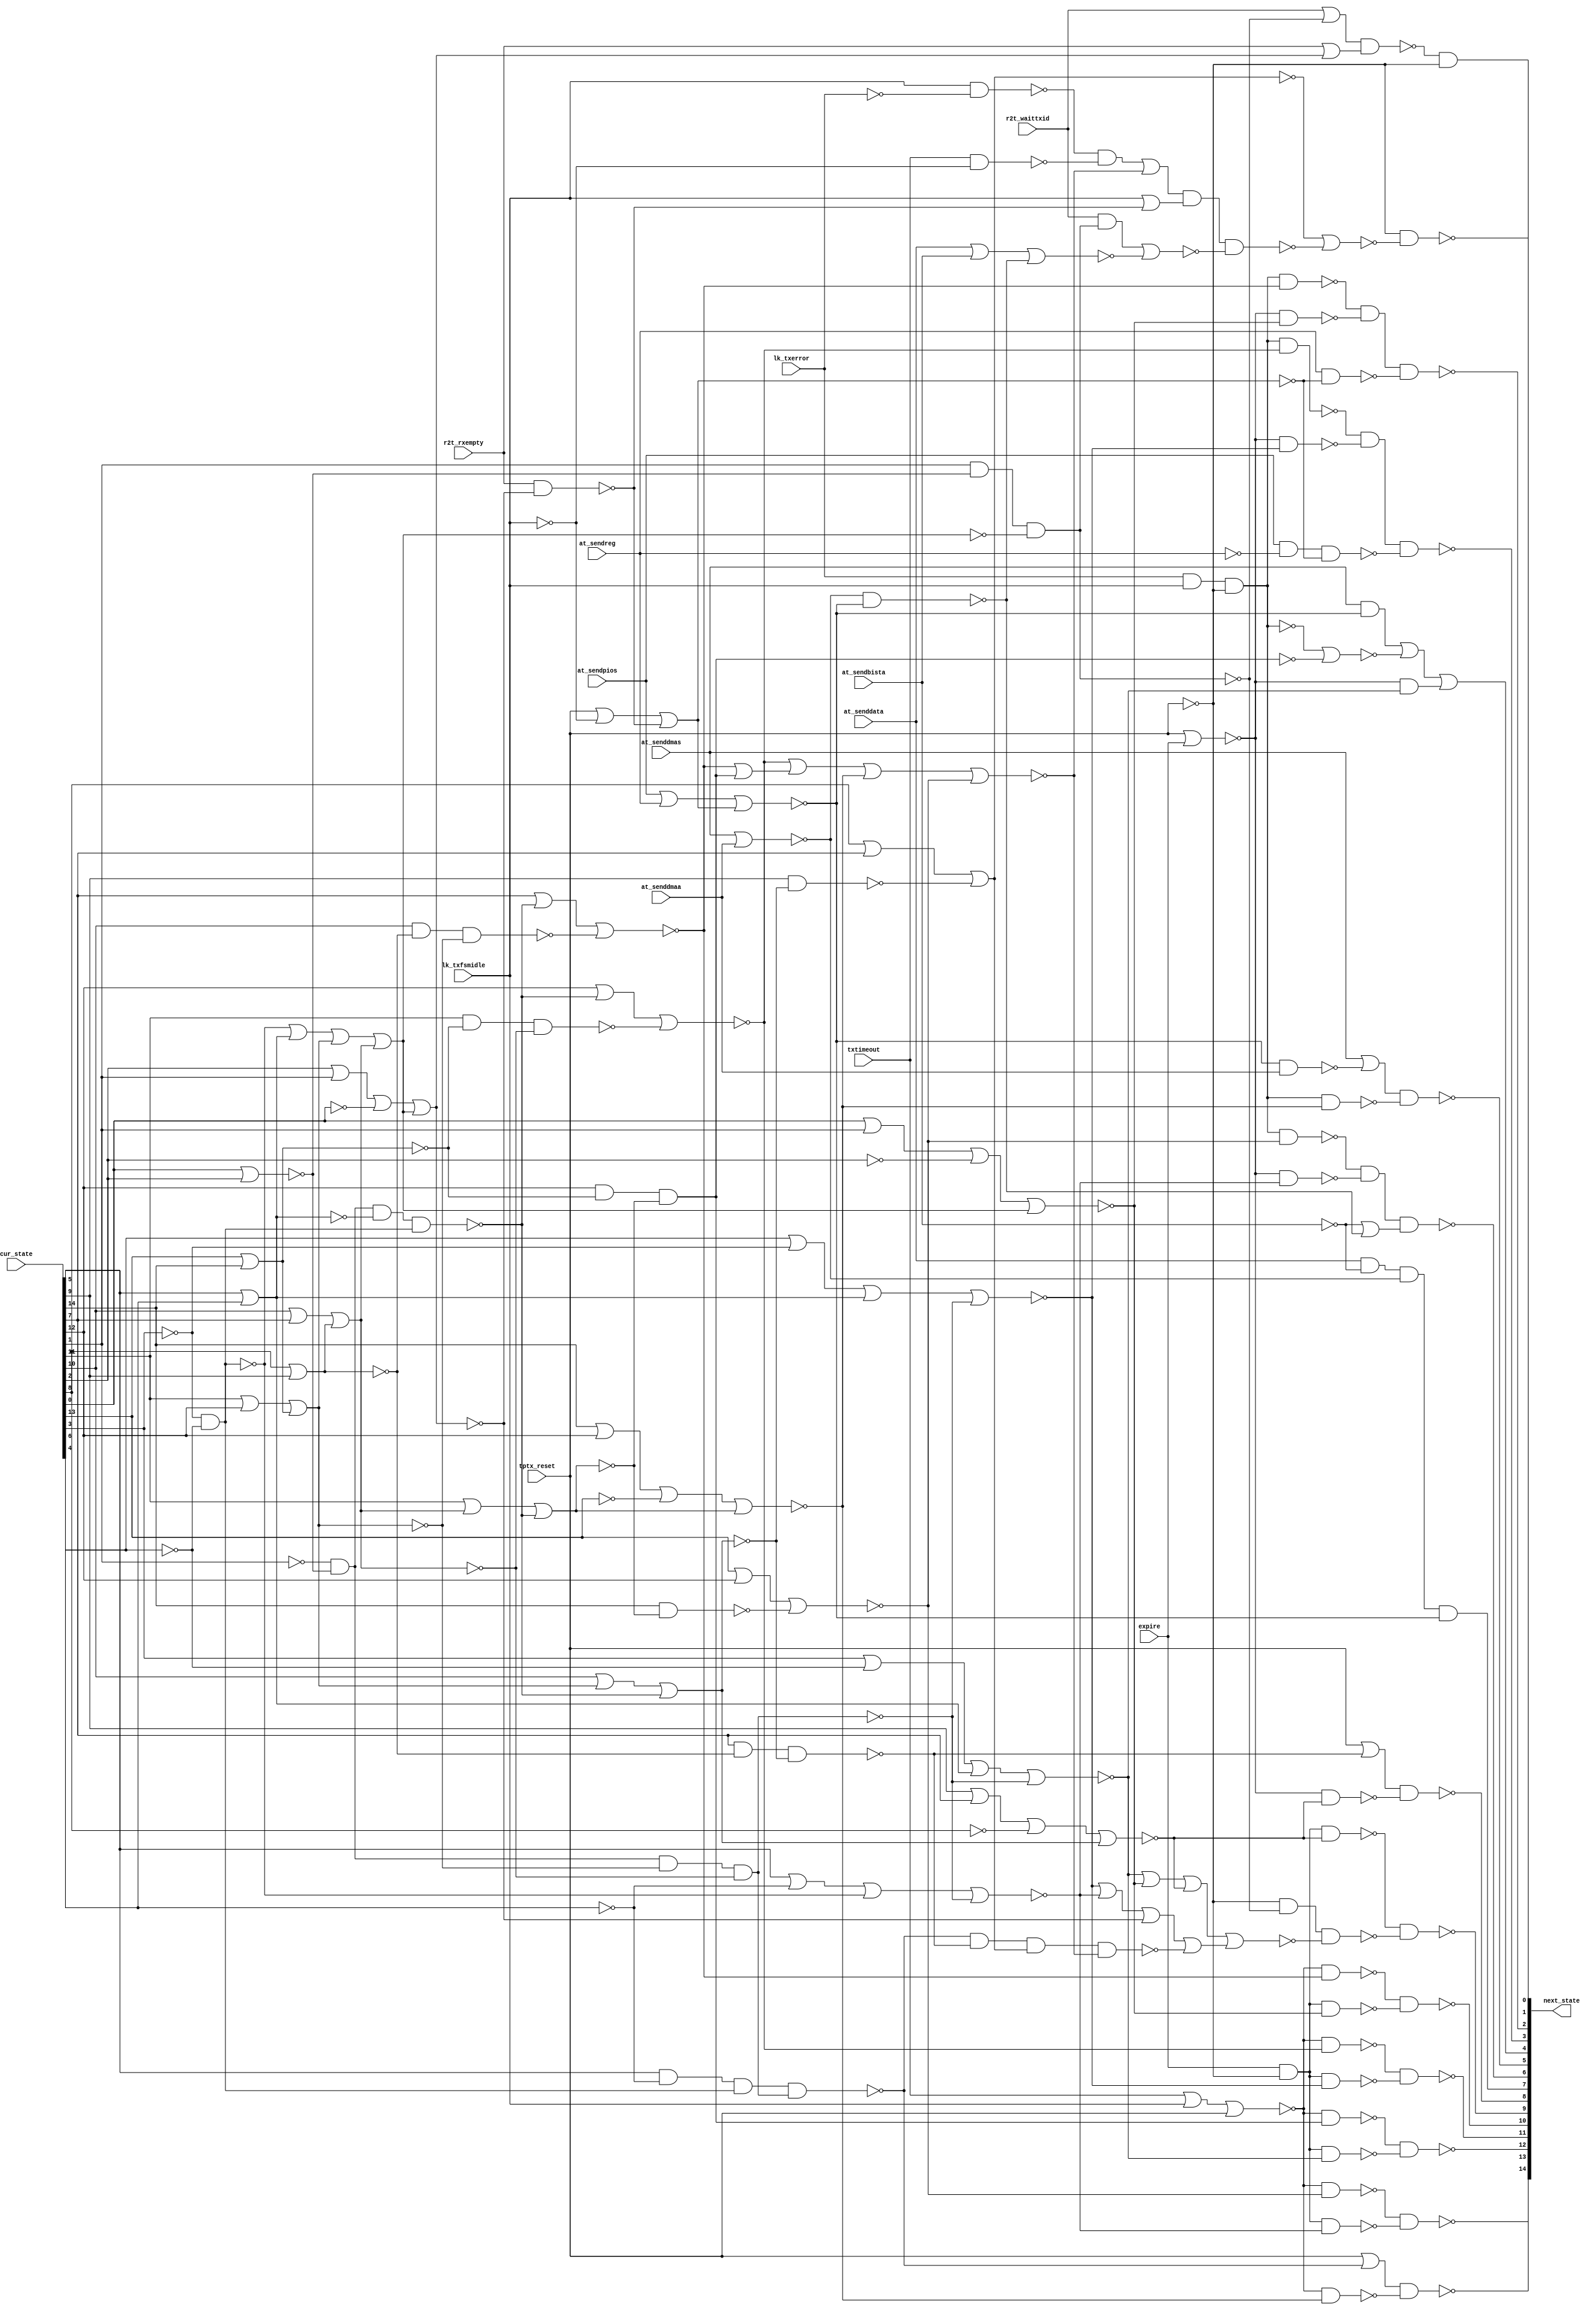

// Generated by Cadence Genus Synthesis Solution GENUS15.13 - 15.10-s038_1

// Verification Directory fv/top 

module top(next_state, cur_state, at_sendreg, at_senddmaa, at_sendpios,
     at_senddmas, at_sendbista, at_senddata, lk_txfsmidle, lk_txerror,
     r2t_waittxid, r2t_rxempty, txtimeout, expire, tptx_reset);
  input [14:0] cur_state;
  input at_sendreg, at_senddmaa, at_sendpios, at_senddmas,
       at_sendbista, at_senddata, lk_txfsmidle, lk_txerror,
       r2t_waittxid, r2t_rxempty, txtimeout, expire, tptx_reset;
  output [14:0] next_state;
  wire [14:0] cur_state;
  wire at_sendreg, at_senddmaa, at_sendpios, at_senddmas, at_sendbista,
       at_senddata, lk_txfsmidle, lk_txerror, r2t_waittxid,
       r2t_rxempty, txtimeout, expire, tptx_reset;
  wire [14:0] next_state;
  wire n_0, n_1, n_2, n_4, n_5, n_6, n_7, n_8;
  wire n_9, n_10, n_11, n_12, n_13, n_14, n_15, n_16;
  wire n_17, n_18, n_19, n_20, n_21, n_22, n_23, n_24;
  wire n_25, n_26, n_27, n_28, n_29, n_30, n_31, n_32;
  wire n_33, n_34, n_35, n_36, n_37, n_38, n_39, n_40;
  wire n_41, n_42, n_43, n_46, n_47, n_48, n_49, n_50;
  wire n_51, n_52, n_53, n_54, n_55, n_56, n_57, n_58;
  wire n_60, n_61, n_62, n_63, n_64, n_65, n_66, n_68;
  wire n_69, n_70, n_72, n_73, n_74, n_75, n_76, n_77;
  wire n_78, n_79, n_80, n_81, n_82, n_84, n_85, n_86;
  wire n_88, n_89, n_90, n_91, n_92, n_93, n_94, n_95;
  wire n_96, n_97, n_98, n_99, n_102, n_103, n_104, n_105;
  wire n_106, n_109, n_110, n_111, n_112, n_113, n_114, n_115;
  wire n_116, n_117, n_118, n_119, n_120, n_300, n_301, n_304;
  wire n_305, n_308, n_309, n_312, n_313;
  nand g6407 (n_120, n_115, n_119);
  nor g6408 (n_119, n_56, n_117);
  nand g6404 (n_118, n_65, n_116);
  wire w, w0;
  nand g6410 (n_117, w, w0, n_114);
  or g0 (w0, lk_txfsmidle, n_89);
  or g (w, n_14, n_96);
  nand g6405 (n_116, n_115, n_85, n_113);
  wire w1;
  nor g6411 (n_114, w1, n_111);
  and g1 (w1, r2t_waittxid, n_42);
  nor g6406 (n_113, n_66, n_81, n_74, n_106);
  nand g6414 (n_112, n_80, n_110);
  nor g6413 (n_111, at_senddata, at_sendbista, n_109);
  or g6416 (n_110, n_104, n_109);
  or g6409 (n_106, n_52, n_77, n_69, n_97);
  and g6412 (n_105, at_senddata, n_104, n_102, n_103);
  nand g6424 (n_109, n_102, n_103);
  nand g6419 (n_99, n_54, n_95);
  nand g6423 (n_98, n_82, n_94);
  nor g6426 (n_103, at_sendpios, at_sendreg, n_91);
  nand g6418 (n_97, n_50, n_48, n_57, n_96);
  nand g6422 (n_95, at_sendpios, n_6, n_93);
  nand g6425 (n_94, at_sendreg, n_93);
  and g6427 (n_92, n_86, n_115);
  not g6428 (n_91, n_93);
  nand g6436 (n_90, n_49, n_75);
  nor g6429 (n_96, n_53, n_61, n_72, n_79);
  nor g6430 (n_93, tptx_reset, n_13, n_89);
  nand g6437 (n_88, n_51, n_73);
  wire w2, w3;
  nand g6431 (n_86, w2, w3);
  or g5 (w3, r2t_rxempty, n_55);
  or g4 (w2, r2t_waittxid, n_85);
  nand g6432 (n_84, n_41, n_64);
  wire w4, w5;
  and g6433 (n_82, w4, w5);
  nand g7 (w5, n_76, n_81);
  nand g6 (w4, n_78, n_60);
  wire w6, w7;
  and g6434 (n_80, w6, w7);
  nand g9 (w7, n_76, n_77);
  nand g8 (w6, n_78, n_79);
  nand g6442 (n_75, n_76, n_74);
  nand g6443 (n_73, n_70, n_72);
  nand g6441 (n_89, r2t_rxempty, n_69);
  nand g6455 (n_68, n_40, n_46);
  nand g6444 (n_65, n_63, n_74);
  nand g6438 (n_64, n_63, n_81);
  nand g6439 (n_62, n_78, n_72);
  or g6448 (n_61, n_60, n_58);
  not g6453 (n_57, n_56);
  not g6454 (n_55, n_69);
  wire w8, w9;
  and g6456 (n_54, w8, w9);
  nand g11 (w9, n_76, n_52);
  nand g10 (w8, n_78, n_53);
  or g6461 (n_51, tptx_reset, n_50);
  or g6450 (n_49, tptx_reset, n_48);
  nor g6447 (n_47, n_12, n_39);
  nor g6457 (n_56, cur_state[8], cur_state[7], n_38);
  nor g6452 (n_81, cur_state[0], cur_state[1], n_5, n_43);
  nor g6451 (n_79, cur_state[13], cur_state[12], n_37);
  nand g6462 (n_46, n_63, n_52);
  nor g6458 (n_74, cur_state[9], cur_state[7], n_2, n_30);
  nor g6459 (n_72, cur_state[14], cur_state[12], n_0, n_31);
  nor g6460 (n_69, cur_state[2], cur_state[1], n_1, n_43);
  not g6464 (n_42, n_85);
  nand g6474 (n_50, cur_state[5], n_32, n_22, n_27);
  nand g6470 (n_41, n_70, n_60);
  nand g6471 (n_40, n_70, n_53);
  not g6465 (n_58, n_39);
  nand g6473 (n_38, cur_state[9], n_34);
  nand g6472 (n_37, cur_state[14], n_33);
  nor g6475 (n_52, cur_state[4], n_7, n_35, n_36);
  nor g6476 (n_66, cur_state[3], n_8, n_35, n_36);
  nand g6467 (n_48, cur_state[7], n_15, n_34);
  nand g6469 (n_39, cur_state[12], n_18, n_33);
  nor g6477 (n_77, cur_state[5], n_32, n_25, n_36);
  nand g6468 (n_85, cur_state[1], n_23, n_29);
  not g6478 (n_31, n_33);
  nor g6479 (n_53, cur_state[12], n_28, n_20);
  not g6482 (n_30, n_34);
  not g6483 (n_43, n_29);
  nor g6480 (n_60, cur_state[7], n_28, n_17);
  not g6484 (n_27, n_36);
  nor g6481 (n_33, cur_state[11], n_26, n_28);
  nor g6486 (n_29, n_25, n_35, n_24, n_26);
  nor g6485 (n_34, cur_state[10], n_24, n_28);
  nand g6487 (n_36, n_21, n_23, n_16, n_19);
  nand g6488 (n_28, n_21, n_23, n_9, n_22);
  nand g6489 (n_20, cur_state[11], n_18, n_19);
  nand g6490 (n_17, cur_state[10], n_15, n_16);
  not g6491 (n_26, n_19);
  not g6493 (n_24, n_16);
  nor g6492 (n_19, cur_state[10], cur_state[7], n_11);
  nor g6494 (n_16, cur_state[11], cur_state[12], n_10);
  wire w10, w11;
  and g6497 (n_14, w10, w11);
  nand g13 (w11, txtimeout, n_13);
  nand g12 (w10, lk_txfsmidle, n_4);
  not g6505 (n_22, n_25);
  not g6495 (n_78, n_12);
  not g6499 (n_11, n_15);
  nand g6496 (n_12, lk_txerror, lk_txfsmidle, n_115);
  and g6504 (n_63, expire, n_115);
  not g6500 (n_10, n_18);
  not g6506 (n_35, n_9);
  nand g6508 (n_25, n_7, n_8);
  nor g6498 (n_70, txtimeout, lk_txfsmidle, tptx_reset);
  nor g6501 (n_102, at_senddmas, at_senddmaa);
  nor g6503 (n_18, cur_state[13], cur_state[14]);
  nor g6510 (n_76, tptx_reset, expire);
  nor g6509 (n_9, cur_state[5], cur_state[6]);
  nor g6507 (n_23, cur_state[0], cur_state[2]);
  nor g6502 (n_15, cur_state[8], cur_state[9]);
  not g6521 (n_6, at_sendreg);
  not g6522 (n_5, cur_state[2]);
  not g6518 (n_4, lk_txerror);
  not g6516 (n_21, cur_state[1]);
  not g6520 (n_104, at_sendbista);
  not g6524 (n_115, tptx_reset);
  not g6512 (n_2, cur_state[8]);
  not g6514 (n_1, cur_state[0]);
  not g6511 (n_0, cur_state[13]);
  not g6515 (n_7, cur_state[3]);
  not g6517 (n_13, lk_txfsmidle);
  not g6519 (n_32, cur_state[6]);
  not g6513 (n_8, cur_state[4]);
  assign next_state[1] = n_92;
  assign next_state[7] = n_105;
  assign next_state[3] = n_99;
  assign next_state[2] = n_98;
  assign next_state[6] = n_112;
  assign next_state[0] = n_120;
  assign next_state[8] = n_90;
  assign next_state[13] = n_88;
  assign next_state[10] = n_84;
  assign next_state[11] = n_68;
  assign next_state[12] = n_309;
  assign next_state[14] = n_305;
  assign next_state[4] = n_301;
  assign next_state[9] = n_118;
  assign next_state[5] = n_313;
  not g3 (n_301, n_300);
  wire w12, w13;
  nor g2 (n_300, w12, n_47, w13);
  and g15 (w13, n_76, n_66);
  and g14 (w12, at_senddmas, n_103);
  not g6661 (n_305, n_304);
  wire w14, w15;
  and g6662 (n_304, w14, w15);
  nand g17 (w15, n_63, n_77);
  nand g16 (w14, n_70, n_79);
  not g6665 (n_309, n_308);
  wire w16, w17;
  and g6666 (n_308, w16, w17);
  nand g19 (w17, n_63, n_66);
  nand g18 (w16, n_70, n_58);
  wire w18;
  nand g6669 (n_313, w18, n_62);
  or g20 (w18, at_senddmas, n_312);
  nand g6670 (n_312, n_103, at_senddmaa);
endmodule